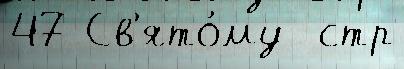
47 Св'ято́му  стр